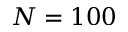
N = 1 0 0